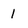
Character: 1